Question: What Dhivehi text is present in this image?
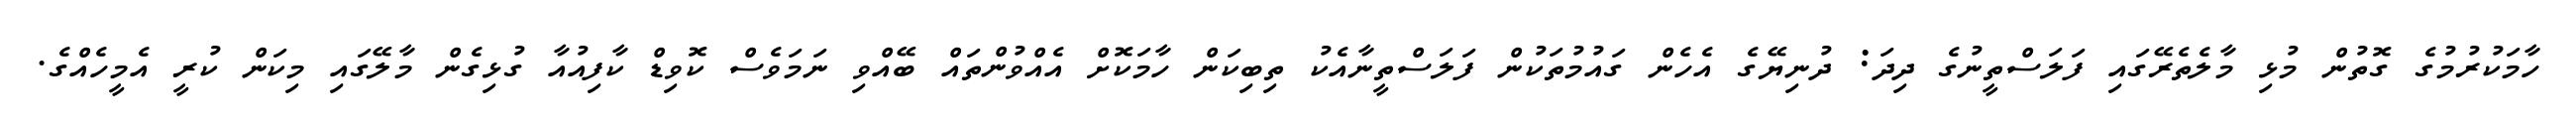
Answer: ހާމަކުރުމުގެ ގޮތުން މުޅި މާލެތެރޭގައި ފަލަސްތީނުގެ ދިދަ: ދުނިޔޭގެ އެހެން ގައުމުތަކުން ފަލަސްތީނާއެކު ތިބިކަން ހާމަކޮށް އެއްވުންތައް ބޭއްވި ނަމަވެސް ކޮވިޑް ކާފިއުއާ ގުޅިގެން މާލޭގައި މިކަން ކުރީ އެމީހެއްގެ.